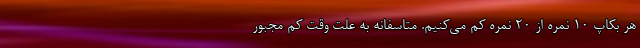
هر بکاپ ۱۰ نمره از ۲۰ نمره کم می‌کنیم. متاسفانه به علت وقت کم مجبور